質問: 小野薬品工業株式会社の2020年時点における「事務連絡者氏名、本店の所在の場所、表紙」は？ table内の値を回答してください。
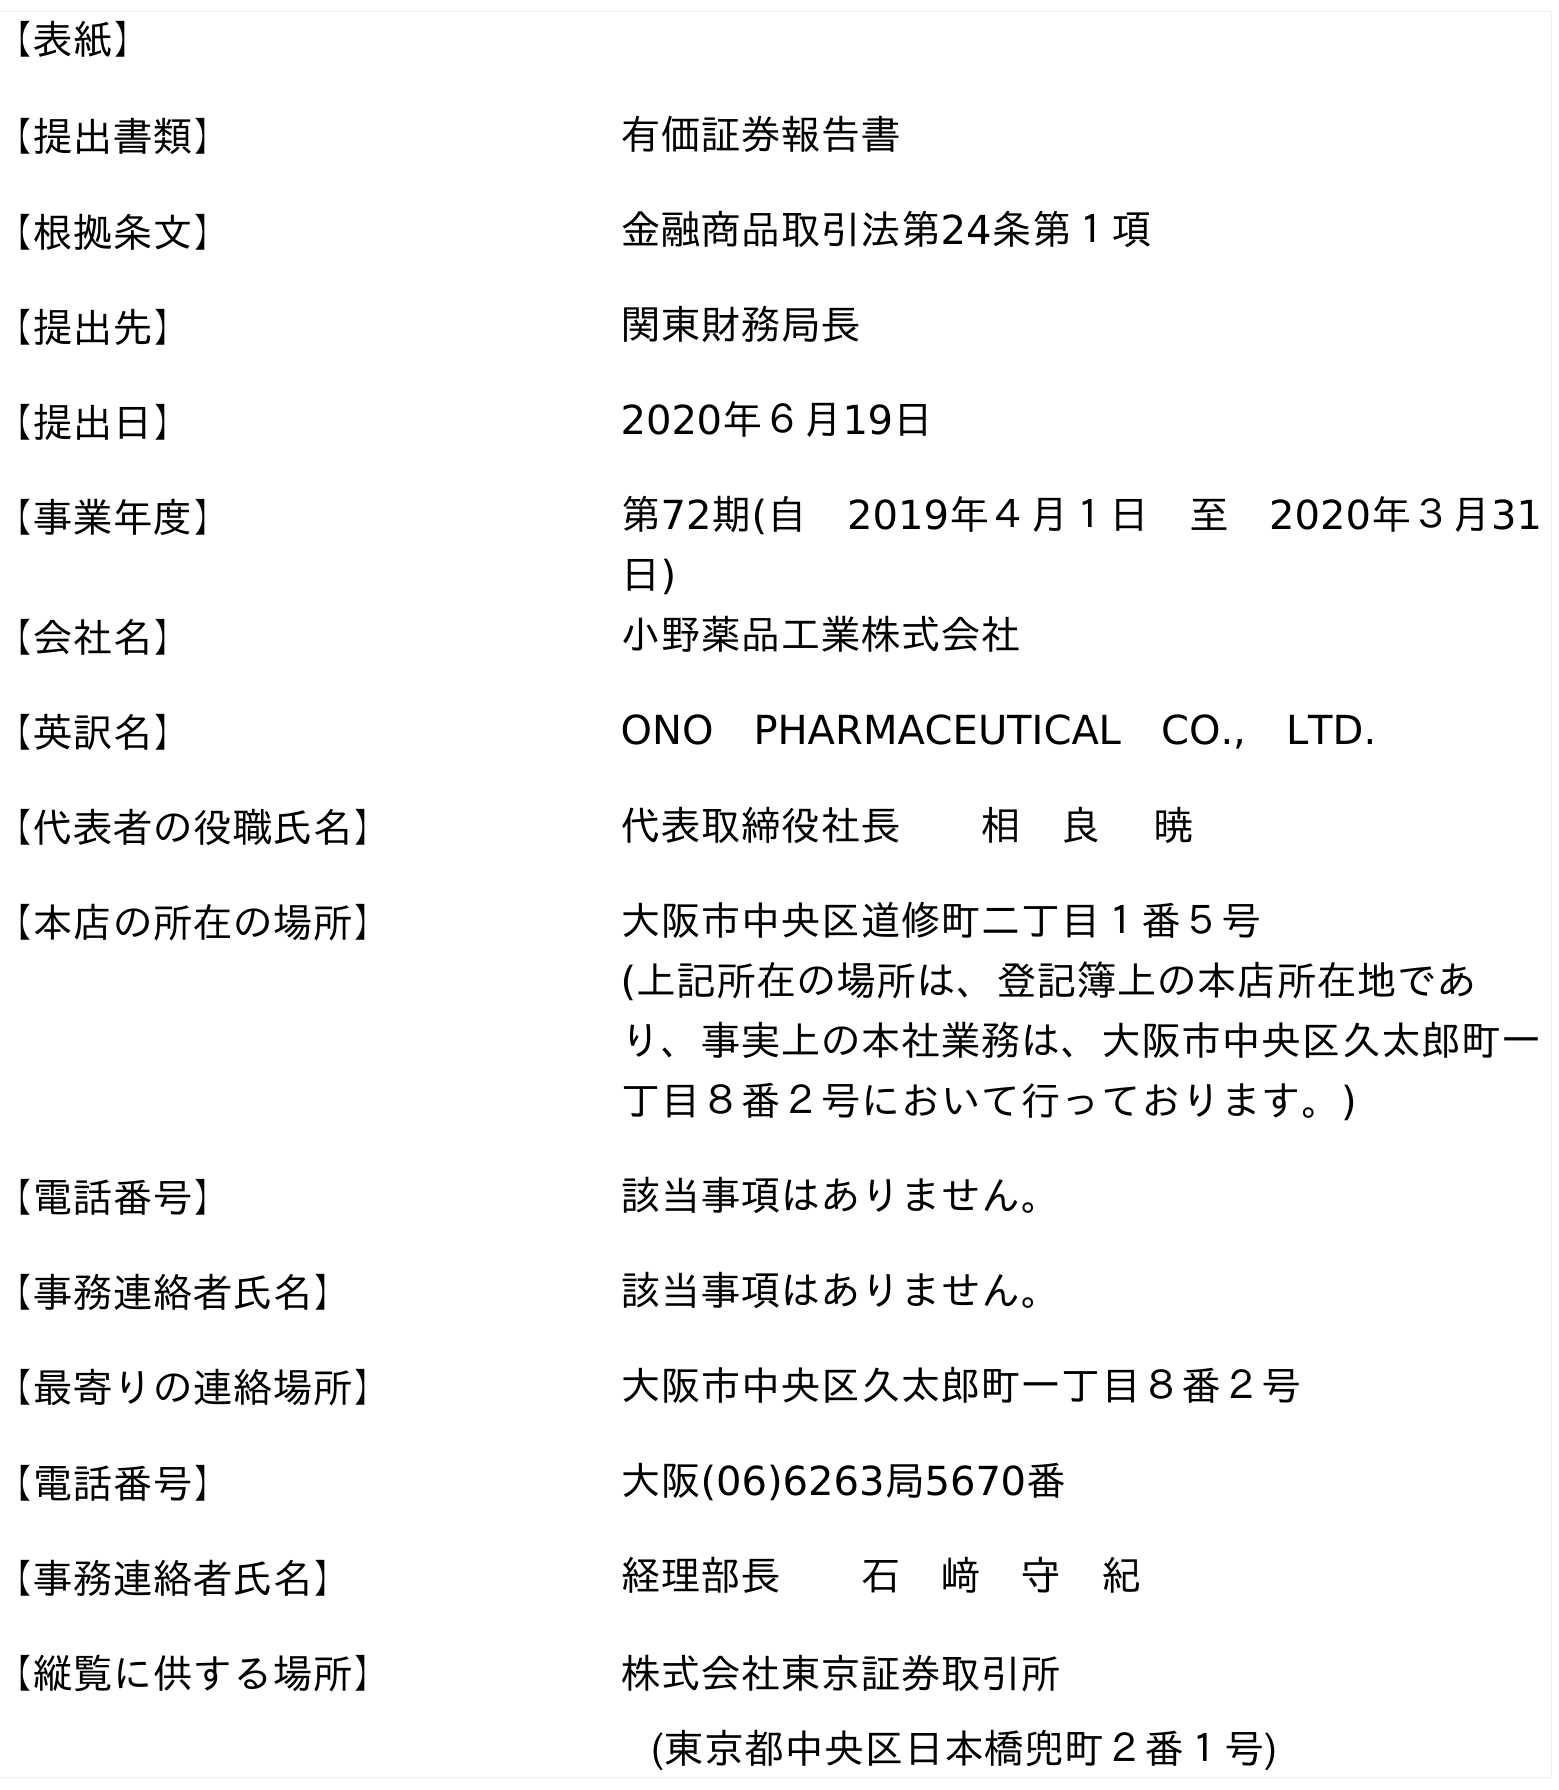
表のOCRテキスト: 【表紙】 【提出書類】 有価証券報告書 【根拠条文】 金融商品取引法第24条第１項 【提出先】 関東財務局長 【提出日】 2020年６月19日 【事業年度】 第72期(自 2019年４月１日 至 2020年３月31 日) 【会社名】 小野薬品工業株式会社 【英訳名】 ONO PHARMACEUTICAL CO., LTD. 【代表者の役職氏名】 代表取締役社長  相 良  暁 【本店の所在の場所】 大阪市中央区道修町二丁目１番５号 (上記所在の場所は、登記簿上の本店所在地であ り、事実上の本社業務は、大阪市中央区久太郎町一 丁目８番２号において行っております。) 【電話番号】 該当事項はありません。 【事務連絡者氏名】 該当事項はありません。 【最寄りの連絡場所】 大阪市中央区久太郎町一丁目８番２号 【電話番号】 大阪(06)6263局5670番 【事務連絡者氏名】 経理部長  石 﨑 守 紀 【縦覧に供する場所】 株式会社東京証券取引所 (東京都中央区日本橋兜町２番１号)
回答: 該当事項はありません。